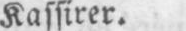
Kassirer.